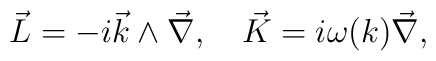
\vec{L} = -i\vec{k}\wedge\vec{\nabla},\quad \vec{K} = i\omega(k) \vec{\nabla},